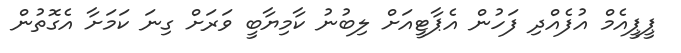
ޕީޕީއެމް އުފެއްދި ފަހުން އެޕާޓީއަށް ލިބުނު ކާމިޔާބީ ވަރަށް ގިނަ ކަމަށާ އެގޮތުން